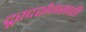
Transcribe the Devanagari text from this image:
दूरदर्शनसाठी